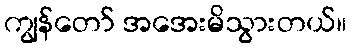
ကျွန်တော် အအေးမိသွားတယ်။